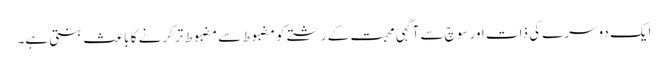
ایک دوسرے کی ذات اور سوچ سے آگہی محبت کے رشتے کو مضبوط سے مضبوط تر کرنے کا باعث بنتی ہے۔